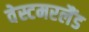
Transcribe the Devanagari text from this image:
वेस्टमरलैंड